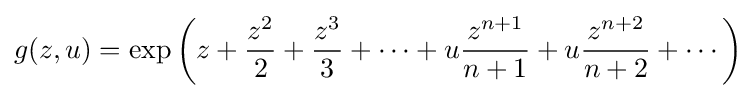
g(z,u)=\exp \left(z+{\frac {z^{2}}{2}}+{\frac {z^{3}}{3}}+\cdots +u{\frac {z^{n+1}}{n+1}}+u{\frac {z^{n+2}}{n+2}}+\cdots \right)